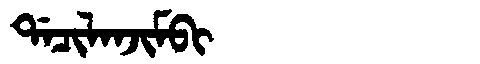
Manchu: ᡩᠠᠴᡳᠯᠠᠨᠵᡳᠮᠪᡳ
Romanization: DACILANJIMBI